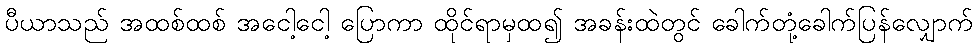
ပီယာသည် အထစ်ထစ် အငေါ့ငေါ့ ပြောကာ ထိုင်ရာမှထ၍ အခန်းထဲတွင် ခေါက်တုံ့ခေါက်ပြန်လျှောက်